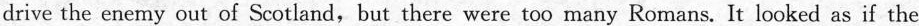
drive the enemy out of Scotland, but there were too many Romans. It looked as if the